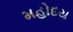
મહોદય